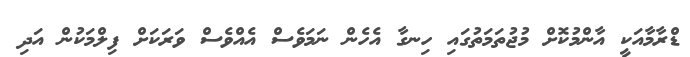
ޑްރާމާއަކީ އާންމުކޮށް މުޖުތަމަތުގައި ހިނގާ އެހެން ނަމަވެސް އެއްވެސް ވަރަކަށް ފިލްމަކުން އަދި